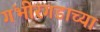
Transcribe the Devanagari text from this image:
गंभीरगडाच्या